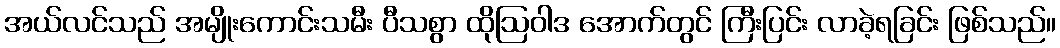
အယ်လင်သည် အမျိုးကောင်းသမီး ပီသစွာ ထိုဩဝါဒ အောက်တွင် ကြီးပြင်း လာခဲ့ရခြင်း ဖြစ်သည်။